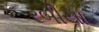
રબીયા